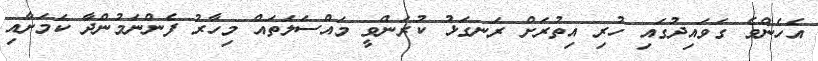
އެހެންވެ ގަވައިދުގައި ހުރި އިތުރަށް ރަނގަޅު ކުރަންވީ މައްސަލަތައް މިހާރު ފެންނަމުންދާ ކަމަށާއި